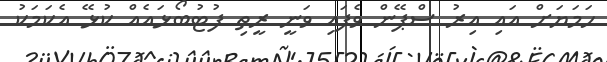
ހަމަޔަށް އައި އިރު ސްޕޭން ވެފައި ވަނީ ރީތި ފުޓުބޯޅައެއް ކުޅޭ އެކަމަކު